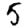
Digit: 5